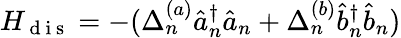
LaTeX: H_{\mathrm{~d~i~s~}}=-(\Delta_{n}^{(a)}\hat{a}_{n}^{\dagger}\hat{a}_{n}+\Delta_{n}^{(b)}\hat{b}_{n}^{\dagger}\hat{b}_{n})